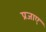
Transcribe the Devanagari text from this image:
प्रजाए